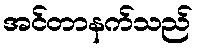
အင်တာနက်သည်